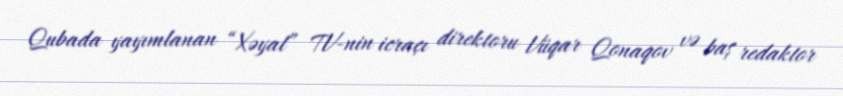
Qubada yayımlanan “Xəyal” TV-nin icraçı direktoru Vüqar Qonaqov və baş redaktor